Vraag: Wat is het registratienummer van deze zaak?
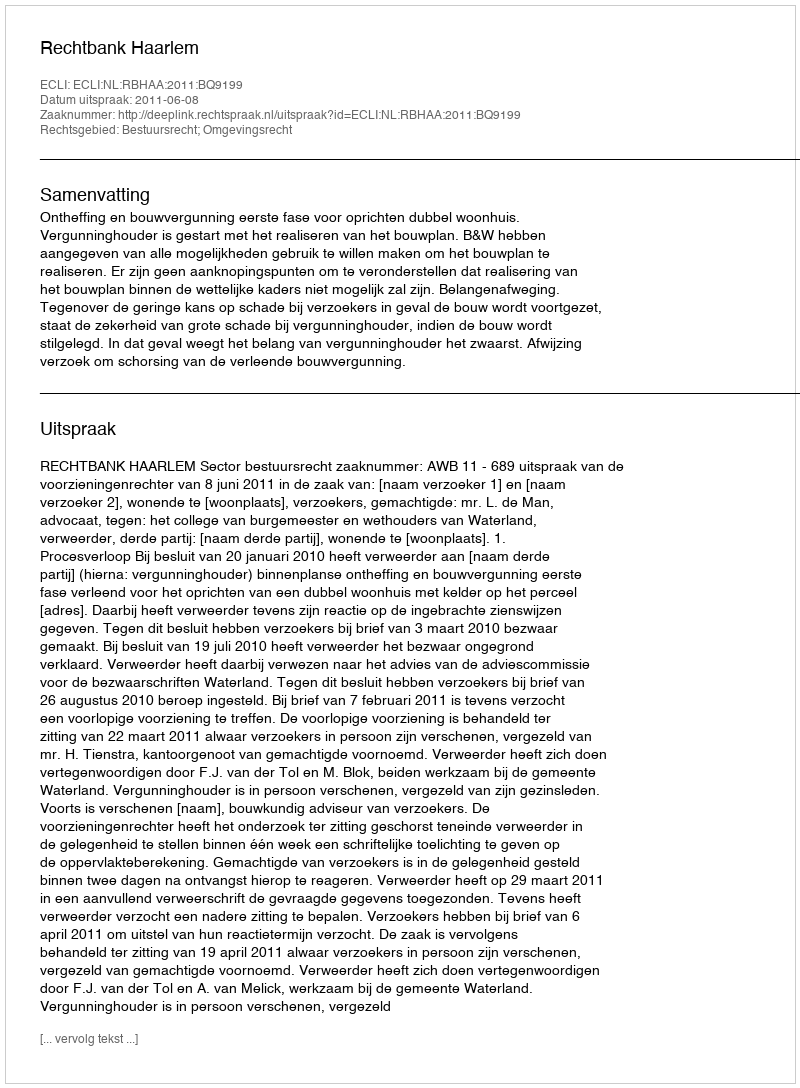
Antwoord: http://deeplink.rechtspraak.nl/uitspraak?id=ECLI:NL:RBHAA:2011:BQ9199